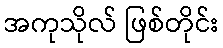
အကုသိုလ် ဖြစ်တိုင်း